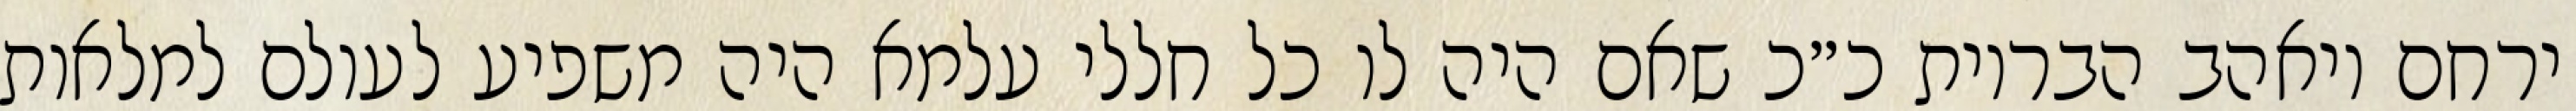
ירחם ויאהב הבריות כ״כ שאם היה לו כל חללי עלמא היה משפיע לעולם למלאות